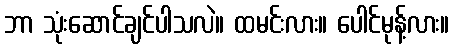
ဘာ သုံးဆောင်ချင်ပါသလဲ။ ထမင်းလား။ ပေါင်မုန့်လား။